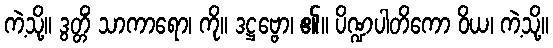
ကဲ့သို့။ ဒွတ္တိံ သာကာရော၊ ကို။ ဒဋ္ဌဗ္ဗော၊ ၏။ ပိဏ္ဍပါတိကော ဝိယ၊ ကဲ့သို့။